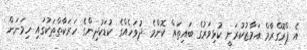
އެ ޕްރޮގްރާމް އަމާޒުކުރަނީ ކުޅިވަރުގެ ބައިތައް ކޮންމެ ދުވަހެއްގެ ކުޑަކުދިންގެ ހަރަކާތްތަކުގައި ހިމަނަން